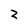
Character: 2